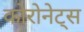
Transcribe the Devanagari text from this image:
कोरोनेट्स